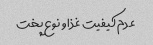
عدم کیفیت غذا و نوع پخت